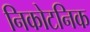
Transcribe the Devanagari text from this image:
निकोटनिक